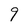
Character: 9